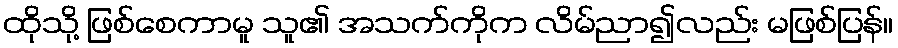
ထိုသို့ ဖြစ်စေကာမူ သူ၏ အသက်ကိုက လိမ်ညာ၍လည်း မဖြစ်ပြန်။